Annual administration report of the Civil Veterinary Department of India - 1904-1905
Year: 1904
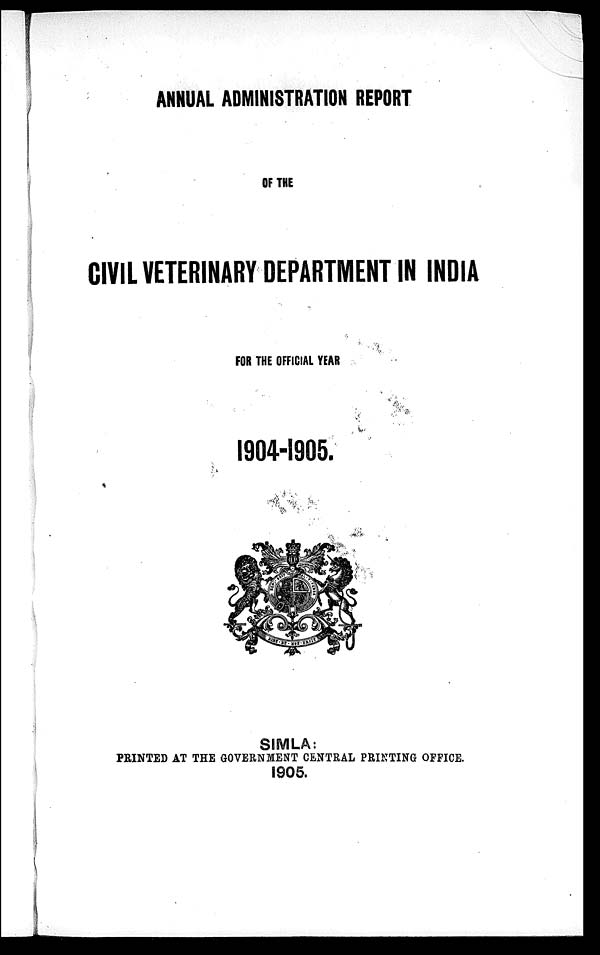
ANNUAL ADMINISTRATION REPORT
OF THE
CIVIL VETERINARY DEPARTMENT IN INDIA
FOR THE OFFICIAL YEAR
1904-1905.
SIMLA:
PRINTED AT THE GOVERNMENT CENTRAL PRINTING OFFICE.
1905.